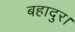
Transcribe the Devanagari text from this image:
बहादुर।